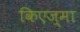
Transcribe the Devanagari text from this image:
किएज्मा